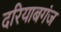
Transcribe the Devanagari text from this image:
दरियाबगंज